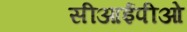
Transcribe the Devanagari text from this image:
सीआईपीओ